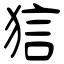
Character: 狺